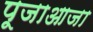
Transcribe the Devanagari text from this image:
पूजाआजा